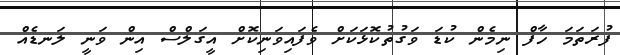
ފުރަތަމަ ހާފް ނިމެން ކުޑަ ވަގުތުކޮޅަކަށް ވެފައިވަނިކޮށް އީގަލްސް އިން ވަނީ ލަނޑެއް